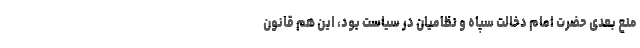
منع بعدی حضرت امام دخالت سپاه و نظامیان در سیاست بود، این هم قانون